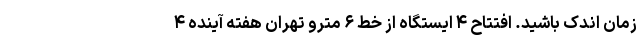
زمان اندک باشید. افتتاح ۴ ایستگاه از خط ۶ مترو تهران هفته آینده ۴